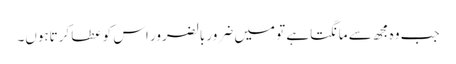
جب وہ مجھ سے مانگتاہے تو میں ضرور بالضرور اس کو عطا کرتاہوں۔